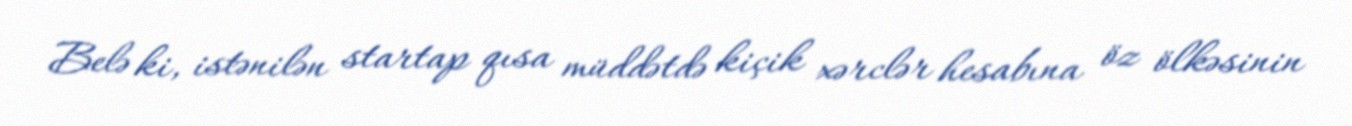
Belə ki, istənilən startap qısa müddətdə kiçik xərclər hesabına öz ölkəsinin